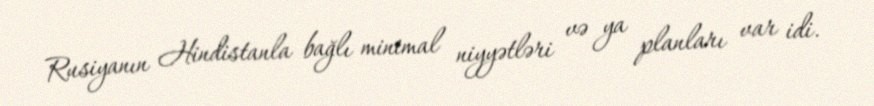
Rusiyanın Hindistanla bağlı minimal niyyətləri və ya planları var idi.